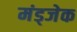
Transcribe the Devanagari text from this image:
मंड्जेक